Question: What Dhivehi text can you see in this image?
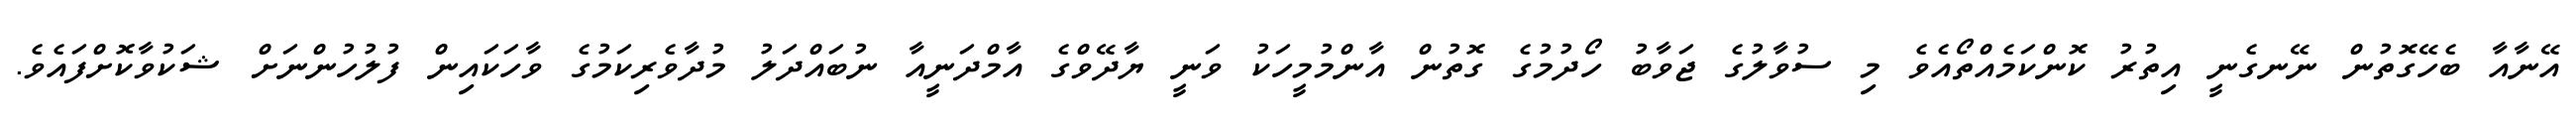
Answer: އޭނާއާ ބެހޭގޮތުން ނޭނގެނީ އިތުރު ކޮންކަމެއްތޯއެވެ މި ސުވާލުގެ ޖަވާބު ހޯދުމުގެ ގޮތުން އާންމުމީހަކު ވަނީ ޔާދޭވްގެ އާމްދަނީއާ ނުބައްދަލު މުދާވެރިކަމުގެ ވާހަކައިން ފުލުހުންނަށް ޝަކުވާކޮށްފައެވެ.